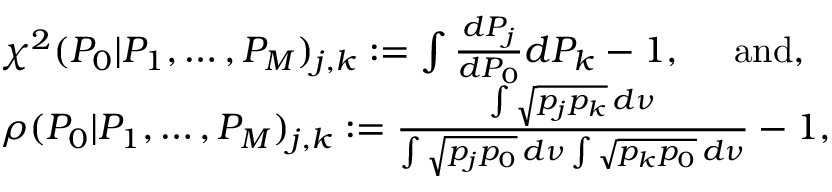
\begin{array} { r l } & { \chi ^ { 2 } ( P _ { 0 } | P _ { 1 } , \dots , P _ { M } ) _ { j , k } : = \int \frac { d P _ { j } } { d P _ { 0 } } d P _ { k } - 1 \mathrm { , ~ \ \ ~ a n d , } } \\ & { \rho ( P _ { 0 } | P _ { 1 } , \dots , P _ { M } ) _ { j , k } : = \frac { \int \sqrt { p _ { j } p _ { k } } \, d \nu } { \int \sqrt { p _ { j } p _ { 0 } } \, d \nu \int \sqrt { p _ { k } p _ { 0 } } \, d \nu } - 1 , } \end{array}